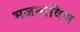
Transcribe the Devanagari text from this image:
भजनाविण